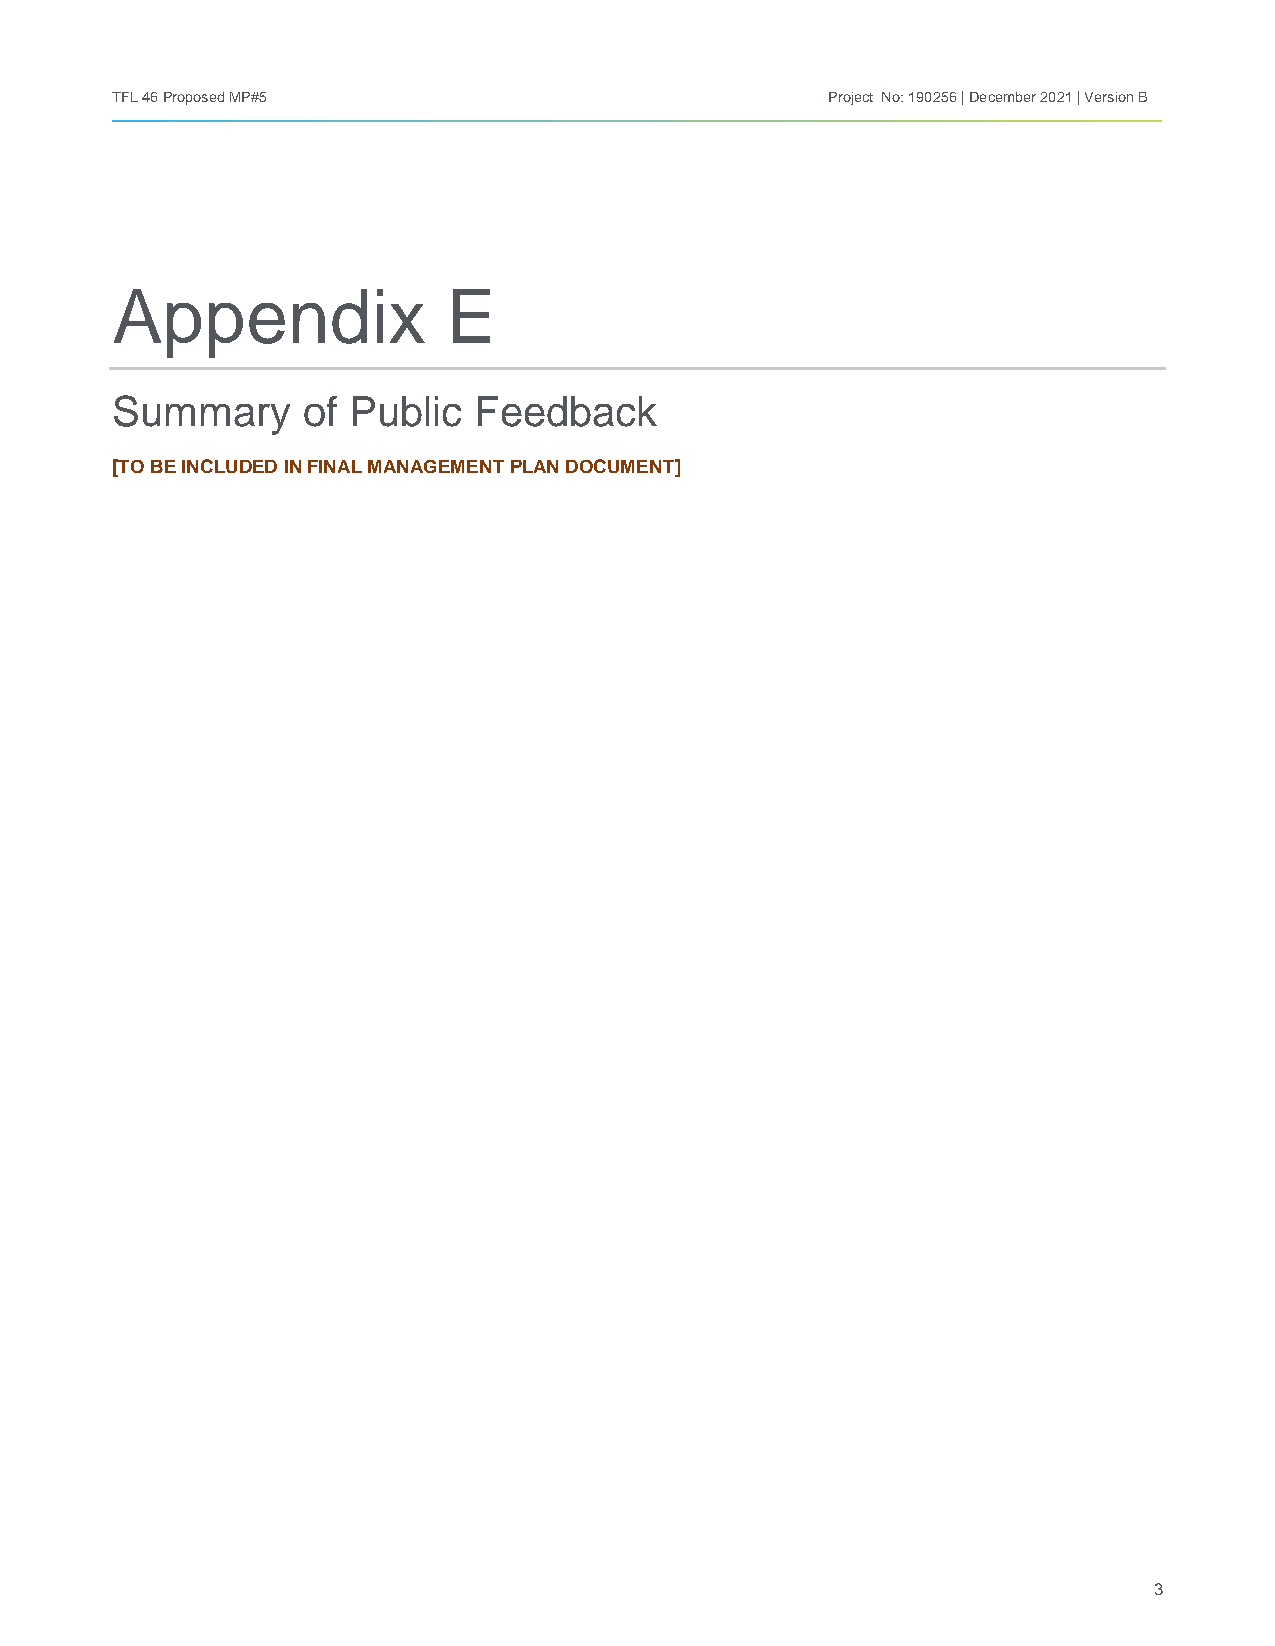
TFL 46 Proposed MP#5                            Project No: 190256 | December 2021 | Version B
 Appendix               E
 Summary      of Public  Feedback
 [TO BE INCLUDED IN FINAL MANAGEMENT PLAN DOCUMENT]
 3